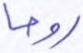
روحا